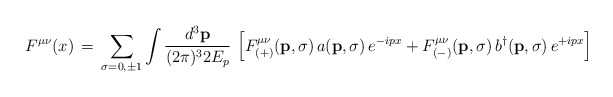
\begin{align*}F^{\mu\nu} (x) \,=\, \sum_{\sigma=0,\pm 1}\int \frac{d^3 {\bf p}}{(2\pi)^3 2E_p} \, \left [F^{\mu\nu}_{(+)} ({\bf p},\sigma)\, a ({\bf p},\sigma)\, e^{-ip x} +F^{\mu\nu}_{(-)} ({\bf p},\sigma) \,b^\dagger ({\bf p},\sigma)\,e^{+ip x} \right ]\end{align*}